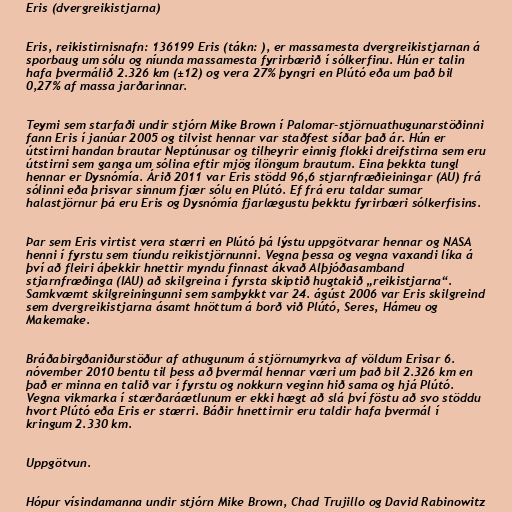
Eris (dvergreikistjarna)

Eris, reikistirnisnafn: 136199 Eris (tákn: ), er massamesta dvergreikistjarnan á
sporbaug um sólu og níunda massamesta fyrirbærið í sólkerfinu. Hún er talin
hafa þvermálið 2.326 km (±12) og vera 27% þyngri en Plútó eða um það bil
0,27% af massa jarðarinnar.

Teymi sem starfaði undir stjórn Mike Brown í Palomar-stjörnuathugunarstöðinni
fann Eris í janúar 2005 og tilvist hennar var staðfest síðar það ár. Hún er
útstirni handan brautar Neptúnusar og tilheyrir einnig flokki dreifstirna sem eru
útstirni sem ganga um sólina eftir mjög ílöngum brautum. Eina þekkta tungl
hennar er Dysnómía. Árið 2011 var Eris stödd 96,6 stjarnfræðieiningar (AU) frá
sólinni eða þrisvar sinnum fjær sólu en Plútó. Ef frá eru taldar sumar
halastjörnur þá eru Eris og Dysnómía fjarlægustu þekktu fyrirbæri sólkerfisins.

Þar sem Eris virtist vera stærri en Plútó þá lýstu uppgötvarar hennar og NASA
henni í fyrstu sem tíundu reikistjörnunni. Vegna þessa og vegna vaxandi líka á
því að fleiri áþekkir hnettir myndu finnast ákvað Alþjóðasamband
stjarnfræðinga (IAU) að skilgreina í fyrsta skiptið hugtakið „reikistjarna“.
Samkvæmt skilgreiningunni sem samþykkt var 24. ágúst 2006 var Eris skilgreind
sem dvergreikistjarna ásamt hnöttum á borð við Plútó, Seres, Hámeu og
Makemake.

Bráðabirgðaniðurstöður af athugunum á stjörnumyrkva af völdum Erisar 6.
nóvember 2010 bentu til þess að þvermál hennar væri um það bil 2.326 km en
það er minna en talið var í fyrstu og nokkurn veginn hið sama og hjá Plútó.
Vegna vikmarka í stærðaráætlunum er ekki hægt að slá því föstu að svo stöddu
hvort Plútó eða Eris er stærri. Báðir hnettirnir eru taldir hafa þvermál í
kringum 2.330 km.

Uppgötvun.

Hópur vísindamanna undir stjórn Mike Brown, Chad Trujillo og David Rabinowitz